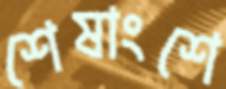
শেষাংশে